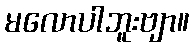
မလောပါဘူးဗျာ။